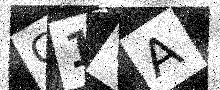
Text: G1WA